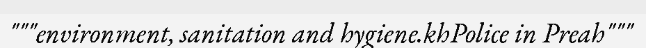
"""environment, sanitation and hygiene.khPolice in Preah"""